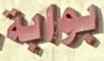
بوابة